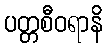
ပတ္တစီဝရာနိ